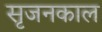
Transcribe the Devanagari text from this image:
सृजनकाल